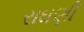
રાઘણી